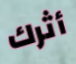
أثرك